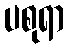
ပစုရာ